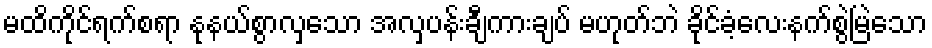
မထိကိုင်ရက်စရာ နုနယ်စွာလှသော အလှပန်းချီကားချပ် မဟုတ်ဘဲ ခိုင်ခံ့လေးနက်စွဲမြဲသော